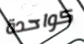
كواحدة